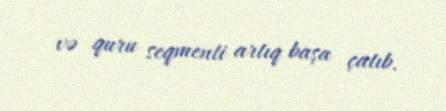
və quru seqmenti artıq başa çatıb.